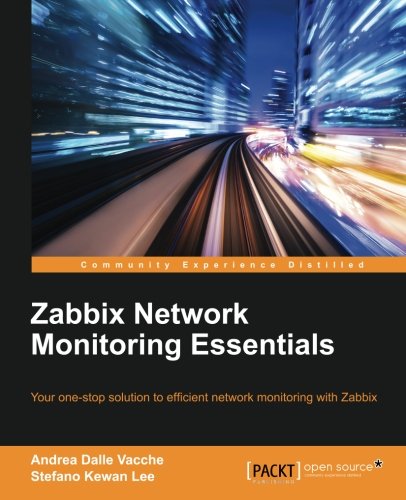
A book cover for Zabbix Network Monitoring Essentials; Andrea Dalle Vacche; Computers & Technology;